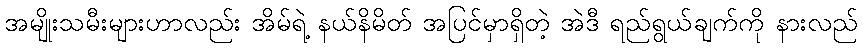
အမျိုးသမီးများဟာလည်း အိမ်ရဲ့ နယ်နိမိတ် အပြင်မှာရှိတဲ့ အဲဒီ ရည်ရွယ်ချက်ကို နားလည်